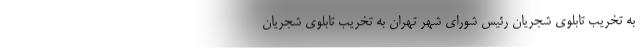
به تخریب تابلوی شجریان رئیس شورای شهر تهران به تخریب تابلوی شجریان